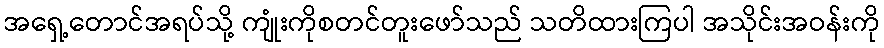
အရှေ့တောင်အရပ်သို့ ကျုံးကိုစတင်တူးဖော်သည် သတိထားကြပါ အသိုင်းအဝန်းကို